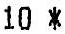
10 *